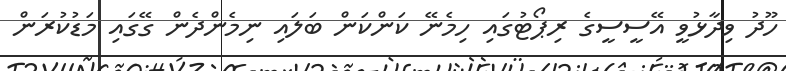
ހޫދު ވިދާޅުވީ އޭސީސީގެ ރިޕޯޓުގައި ހިމެނޭ ކަންކަން ބަލައި ނިމެންދެން ގޭގައި މަޑުކުރަން